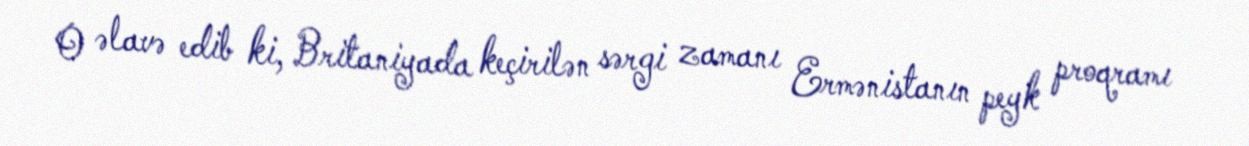
O əlavə edib ki, Britaniyada keçirilən sərgi zamanı Ermənistanın peyk proqramı